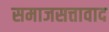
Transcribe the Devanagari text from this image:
समाजसत्तावाद